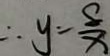
\therefore y = \frac { 8 } { x }